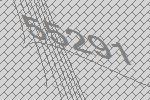
55291